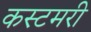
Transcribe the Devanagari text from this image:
कस्टमरी